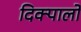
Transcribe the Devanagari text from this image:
दिक्पालों